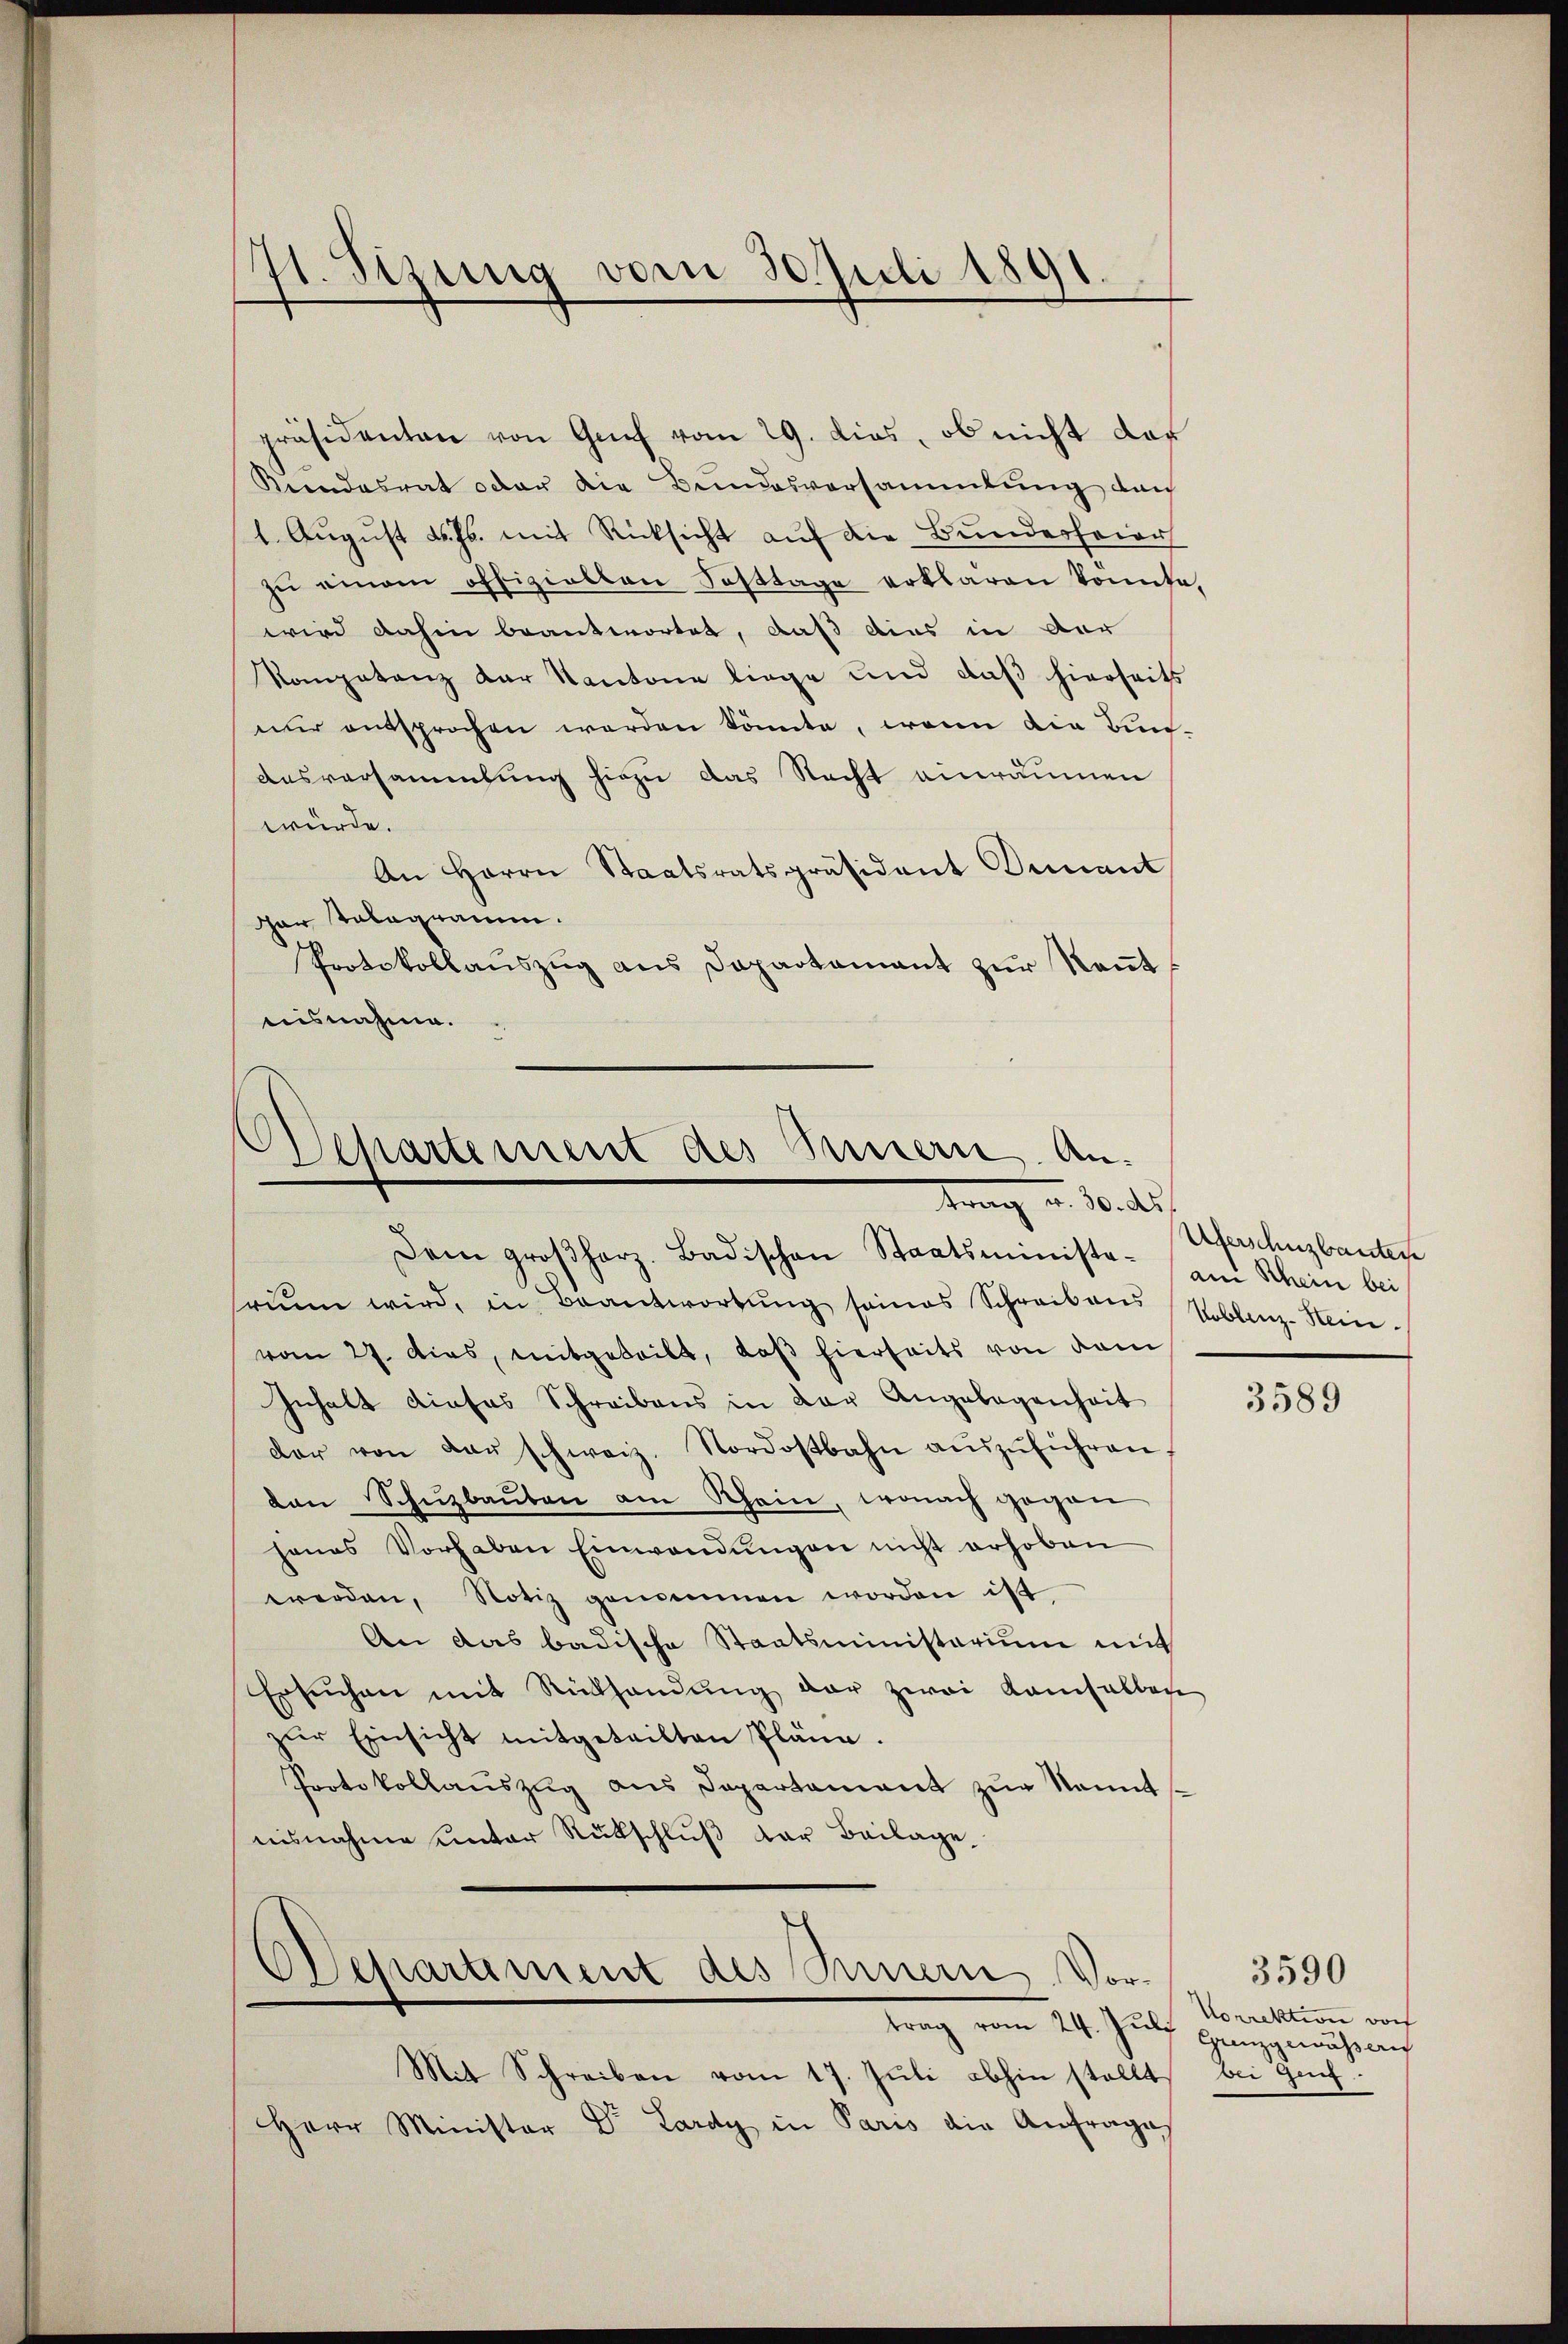
171. Sezung vom 30. Juli 1891.

präsidenten von Genf vom 29. dies, ob nicht das
Keendesrat oder die Bundesversammlung durch
1. August d. Js. mit Rücksicht auf die Bundesfeier
zŭ einem offizielten Fasttage erklären konnte,
wird dahin beantwortet, daß dies in der
Kompetenz der Kantone liege und daβ hierseits
nur entsprochen werden könnte, wenn die Bi¬
Ausversammlung hiezu das Recht einräumen
würde.
An Herrn Staatsratspräsident Genant
der Telegramm.
Protokollaŭszŭg ans Departamant zŭr Keṅt,
nisnahme.

Separtement des Tunnern. An¬
Franz an. 10. des
Dem großherz. Badischen Staatsministe- am Rhein bei

run wird, in Beantwortŭng seines Schreibens Vollenz-Hein-
vom 27. Das, mitgeteilt, daβ hierseits von dem
Inhalt dieses Schreibens in der Angelegenheit
dar von der schweiz. Nordostbahn aŭszŭführen
den Schŭzbaŭten am Rhein, wonach gegen
hanas Vorhaben Einwendŭngen nicht erhoben
werden, Notiz genommen worden ist.
An das badische Staatsministerium mit
Ersŭchen mit Rückhandŭng der zwei kamselben
zŭr Einsicht mitgeteilten Pläne.
Protokollaŭszŭg ans Departament zŭr Nant
nisnahme unter Rückschluß der Beilage,

Departement des Innern Vortrag vom 24. Jŭli passari

Überschuzbautete

Mit Schreiben vom 17. Jŭli abhin stellt
Herr Minister Dr. Lardy in Paris die Anfrage

3589

Korrektion doch
Bei

3590